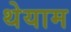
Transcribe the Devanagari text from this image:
थेयाम